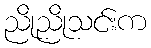
ညိုညိုသင်းက